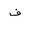
Letter: _fa